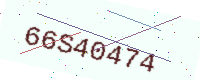
Text: 66S40474